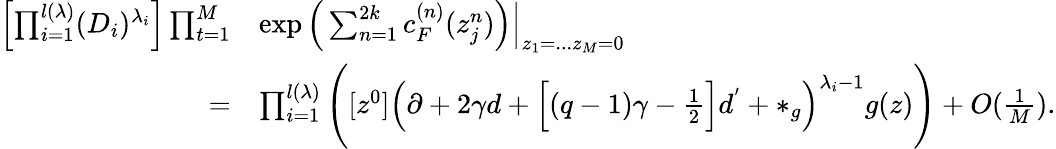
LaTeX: \begin{array}{rl}{\left[\prod_{i=1}^{l(\lambda)}(D_{i})^{\lambda_{i}}\right]\prod_{t=1}^{M}}&{\exp\Big(\sum_{n=1}^{2k}c_{F}^{(n)}(z_{j}^{n})\Big)\Bigr|_{z_{1}=...z_{M}=0}}\\ {=}&{\prod_{i=1}^{l(\lambda)}\Bigg([z^{0}]\Big(\partial+2\gamma d+\Big[(q-1)\gamma-\frac{1}{2}\Big]d^{'}+*_{g}\Big)^{\lambda_{i}-1}g(z)\Bigg)+O(\frac{1}{M}).}\end{array}